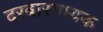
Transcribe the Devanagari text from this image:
दरबारगायक